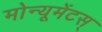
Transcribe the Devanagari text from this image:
मोन्यूमेंटस्